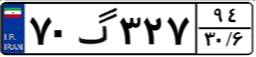
۷۰گ۳۲۷۹۴